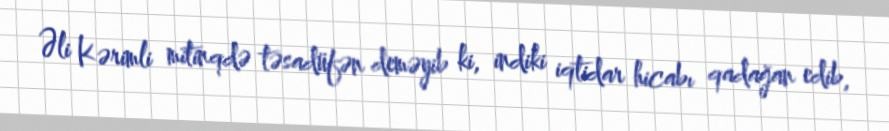
Əli Kərimli mitinqdə təsadüfən deməyib ki, indiki iqtidar hicabı qadağan edib,